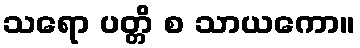
သရော ပတ္တိ စ သာယကော။